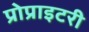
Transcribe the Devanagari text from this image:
प्रोप्राइटरी